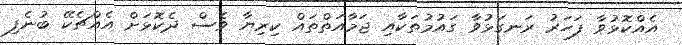
އެއްކޮޅުވާ ފަހަރު ރަނގަޅުވާ ގައުމުތަކާއި ޖަމާއަތްތައް ކިރިޔާ ވެސް ދެކޮޅަށް އެއްޗެކޭ ބުނެފި